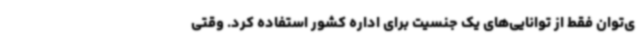
ی‌توان فقط از توانایی‌های یک جنسیت برای اداره کشور استفاده کرد. وقتی